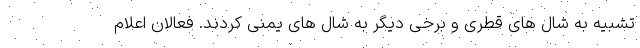
تشبیه به شال های قطری و برخی دیگر به شال های یمنی کردند. فعالان اعلام